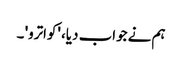
ہم نے جواب دیا، 'کواترو' ۔